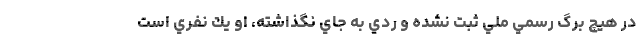
در هيچ برگ رسمي ملي ثبت نشده و ردي به جاي نگذاشته، او يك نفري است